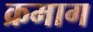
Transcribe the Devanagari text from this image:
क्रमाग